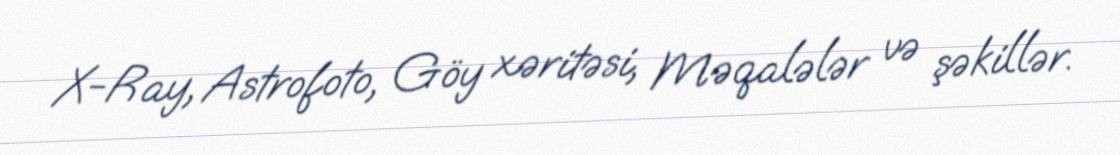
X-Ray, Astrofoto, Göy xəritəsi, Məqalələr və şəkillər.